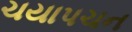
ચયાપચન